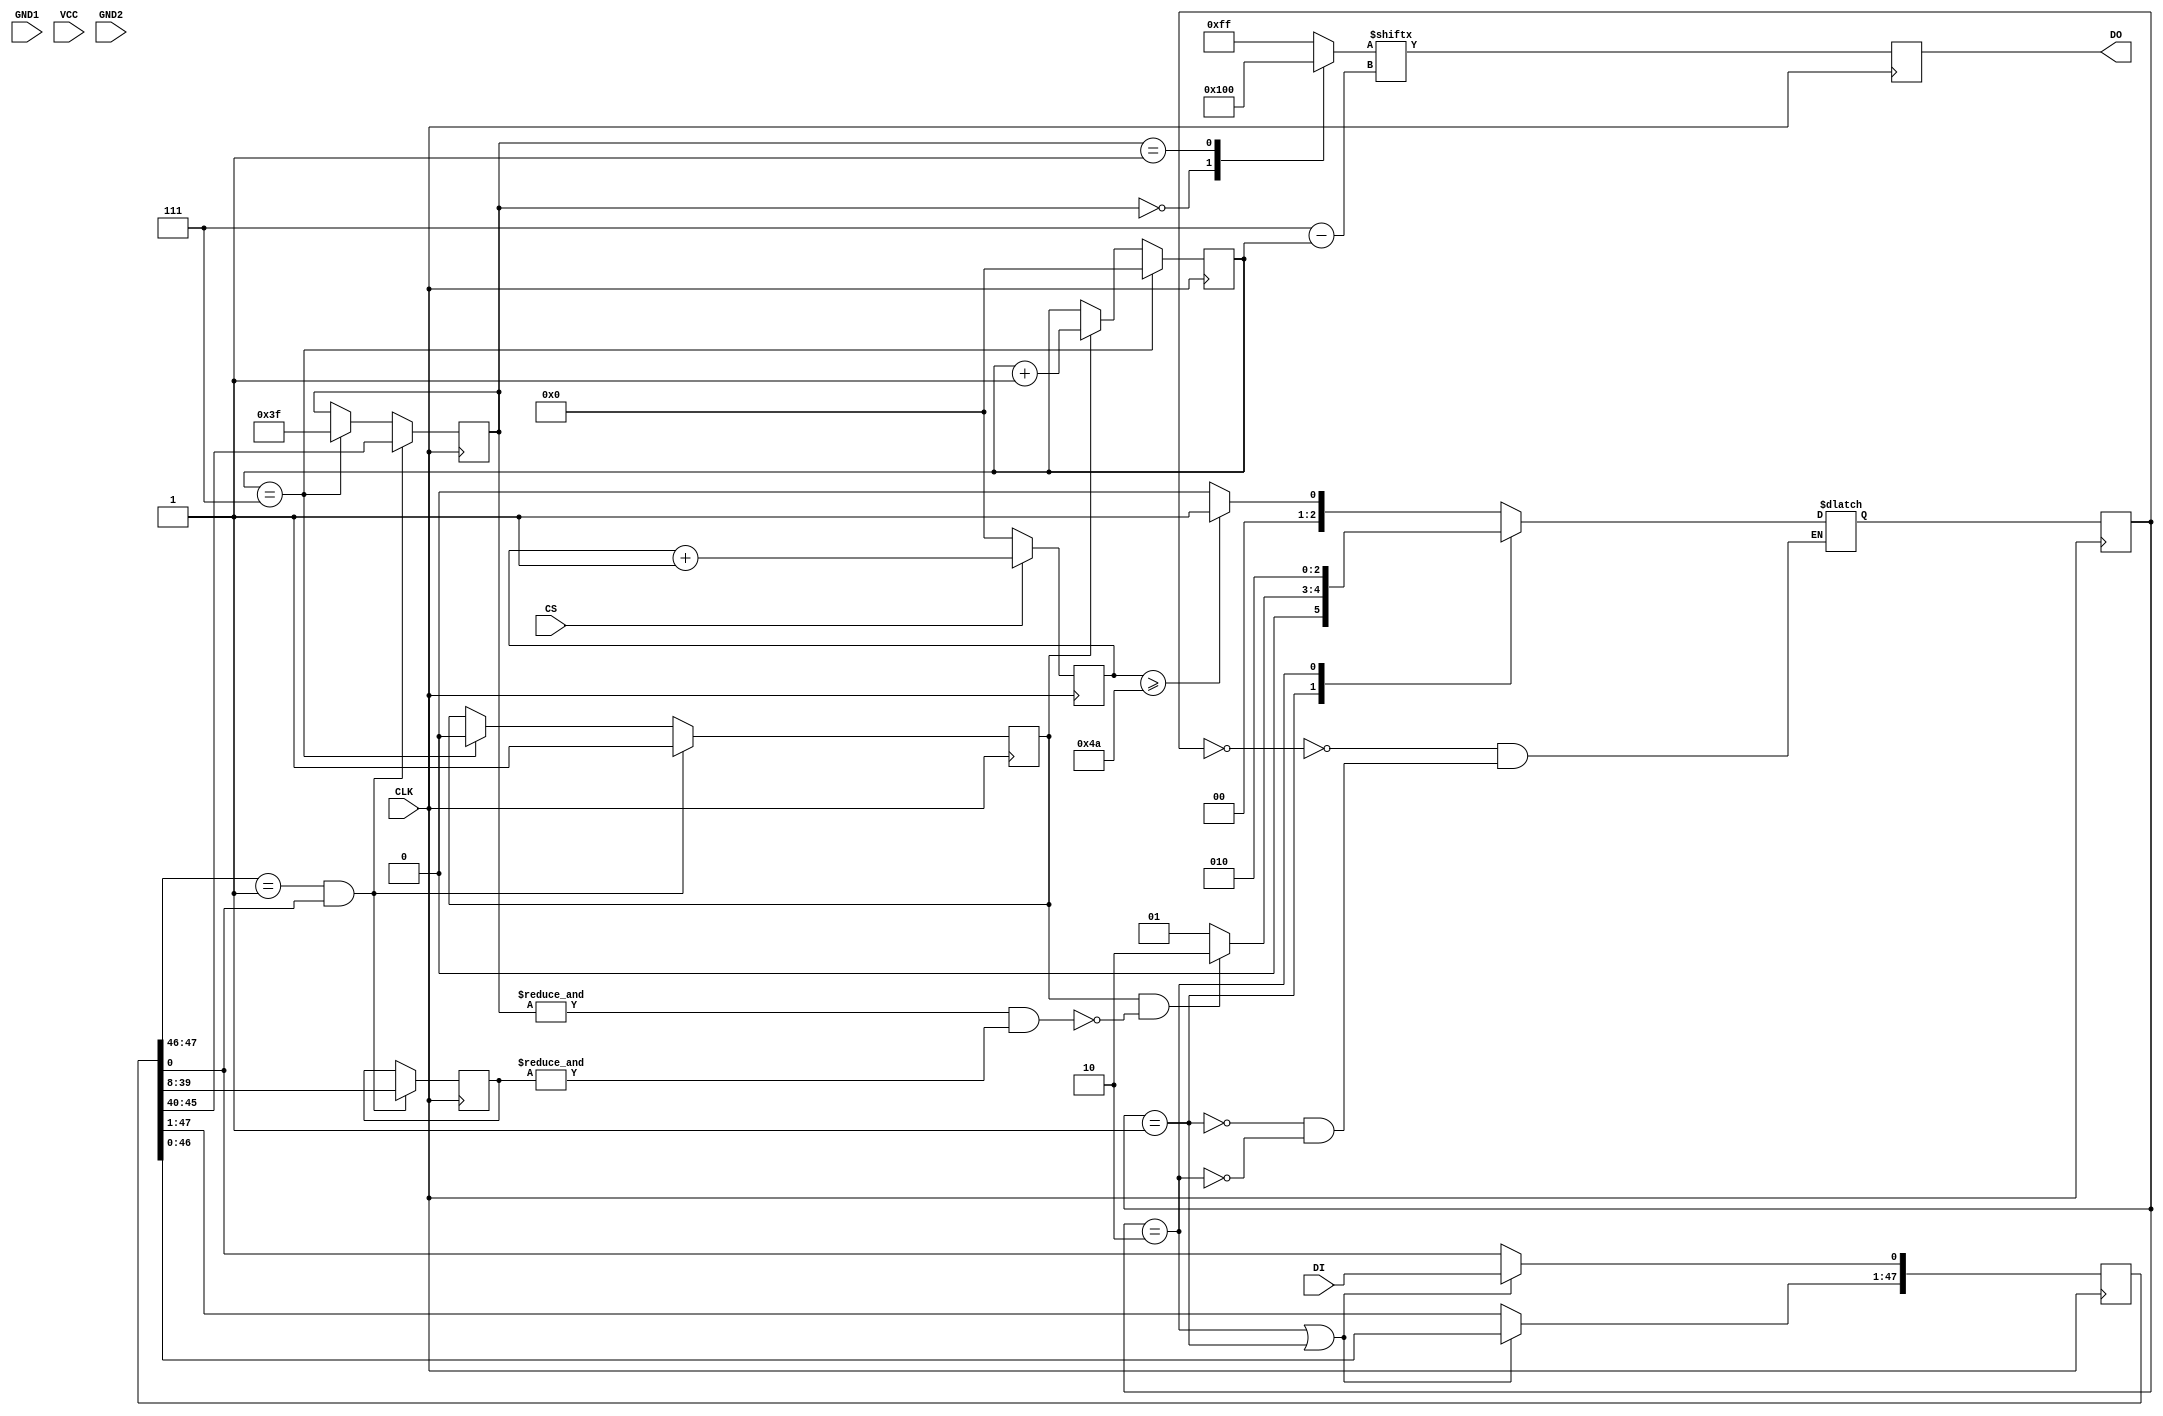
`timescale 1ns/10ps
module tb_sdcard
(
 input          CS,
 input          DI,
 input          GND1,
 input          VCC,
 input          CLK,
 input          GND2,
 output reg     DO
 );
/*----------------------------------*/
/* parameters */
/*----------------------------------*/
parameter INIT          = 0;
parameter MMC_MODE      = 1;
parameter IDLE          = 2;

parameter DO_LEN		  	= 8;

/*----------------------------------*/
/* integers */
/*----------------------------------*/
integer i;
/*----------------------------------*/
/* regs and wires */
/*----------------------------------*/
// satate machine
reg     [2:0]   current, next;

// controll wire
wire            initialized;

// buffer
reg				 buffer_valid;
reg     [47:0]  buffer_DI;
reg     [5:0]   buffer_cmd;
reg     [31:0]  buffer_arg;
reg     [6:0]   buffer_crc;
reg	  [7:0]	 buffer_DO;

// counter
reg     [9:0]   count_CS;
reg	  [9:0]	 count_DO;

// debug
reg            error;
/*----------------------------------*/
/* body */
/*----------------------------------*/
initial begin
current 		= 0;
next			= 0;
buffer_valid	= 0;
buffer_DI	= 0;
buffer_cmd	= 8'b1111_1111;
buffer_arg	= 0;
buffer_crc	= 0;
buffer_DO	= 0;
count_DO		= 0;
count_CS		= 0;
DO				= 0;
error			= 0;
end

//count_CS
always @(posedge CLK) begin
        if(CS == 1'b0)
                count_CS <= 10'b0;
        else if(CS == 1'b1)
                count_CS <= count_CS + 10'b1;
end
//----------------------------------------------
// state machine
//----------------------------------------------
always @ (posedge CLK) current <= next;

always @* begin
        case(current)
                INIT: begin
                        if(count_CS >= 10'd74)
                                next <= MMC_MODE;
                        else
                                next <= INIT;
                end
                MMC_MODE: begin
                        if( initialized )
                                next <= IDLE;
                        else
                                next <= MMC_MODE;
                end
                IDLE: begin
                        next <= IDLE;
                end
                default: begin
                        error <= 1'b1;
                end
        endcase
end

//----------------------------------------------
//buffer
//----------------------------------------------
// buffer_DI
always @ (posedge CLK) begin
        if(current == IDLE || current == MMC_MODE) begin
                buffer_DI    = buffer_DI << 1;
                buffer_DI[0] = DI;
        end
end

always @ (posedge CLK) begin
        if(buffer_DI[47:46] == 2'b01 && buffer_DI[0] == 1'b1) begin
					 buffer_valid		<= 1'b1;
                buffer_cmd[5:0] <=  buffer_DI[45:40];
                buffer_arg[31:0] <= buffer_DI[39:8];
                buffer_crc[6:0] <=  buffer_DI[7:1];
        end
		  else if(count_DO == DO_LEN -1) begin
					buffer_valid <= 1'b0;
					buffer_cmd	 <= 6'b111111;
		  end
 
end

assign initialized = buffer_valid & ~((&buffer_cmd) & (&buffer_arg));

always @* begin
        case(buffer_cmd)
        0:       buffer_DO <= 8'b0000_0001;
        1:       buffer_DO <= 8'b0000_0000;
        default: buffer_DO <= 8'b1111_1111;
        endcase

end

always @(posedge CLK) DO <= buffer_DO[DO_LEN -1 - count_DO];

always @ (posedge CLK) begin
	if( count_DO == DO_LEN - 1)
		count_DO <= 0;
	else if( buffer_valid )
		count_DO <= count_DO + 1;
end

endmodule